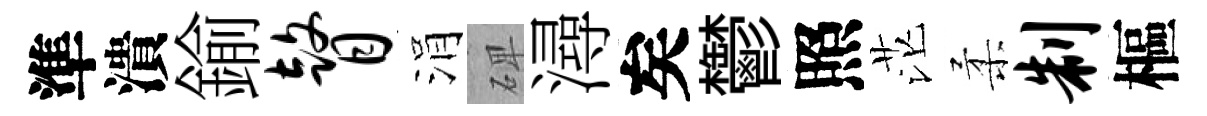
準潰鍮瞽涓𥓓潯矣鬱照茫柔制樞